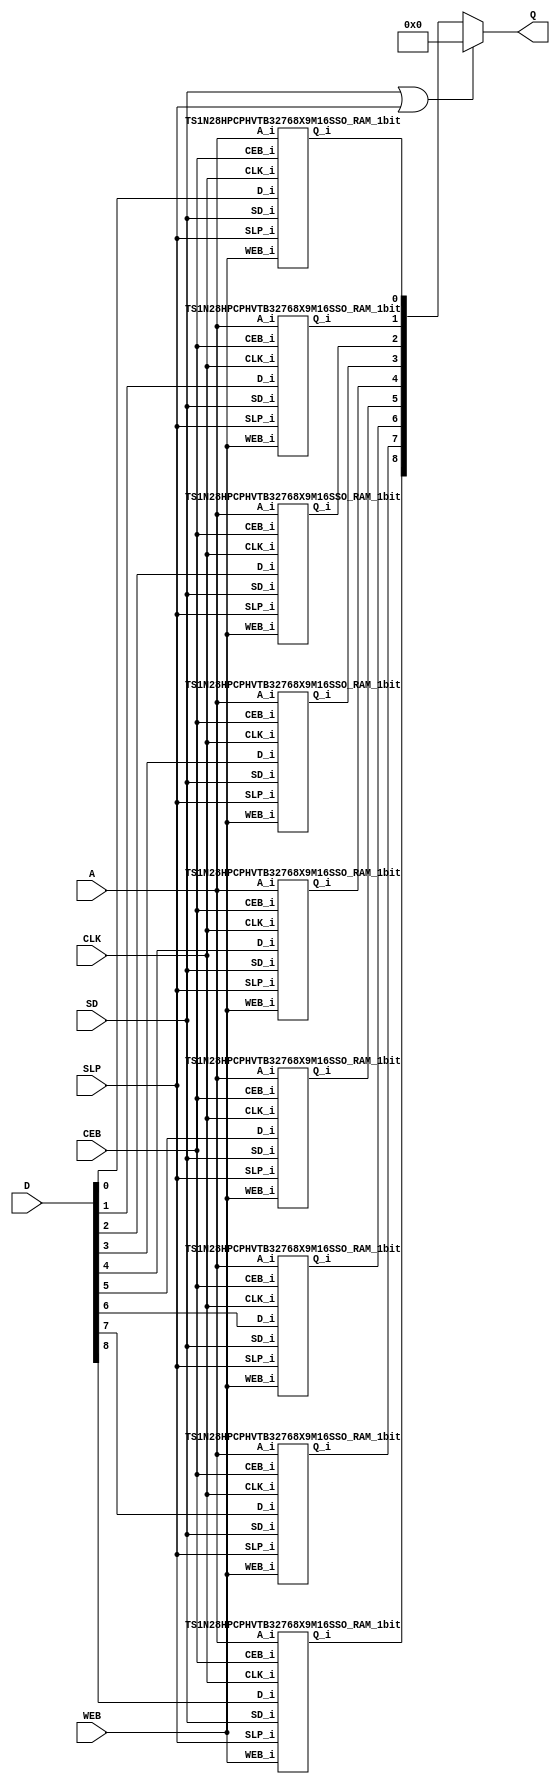
//#*********************************************************************************************************************/
//# Software       : TSMC MEMORY COMPILER tsn28hpcpd127spsram_2012.02.00.d.180a						*/
//# Technology     : TSMC 28nm CMOS LOGIC High Performance Compact Mobile Computing Plus 1P10M HKMG CU_ELK 0.9V				*/
//#  Memory Type    : TSMC 28nm High Performance Compact Mobile Computing Plus Single Port SRAM with d127 bit cell HVT periphery */
//# Library Name   : ts1n28hpcphvtb32768x9m16sso (user specify : TS1N28HPCPHVTB32768X9M16SSO)				*/
//# Library Version: 180a												*/
//# Generated Time : 2024/05/10, 14:04:29										*/
//#*********************************************************************************************************************/
//#															*/
//# STATEMENT OF USE													*/
//#															*/
//# This information contains confidential and proprietary information of TSMC.					*/
//# No part of this information may be reproduced, transmitted, transcribed,						*/
//# stored in a retrieval system, or translated into any human or computer						*/
//# language, in any form or by any means, electronic, mechanical, magnetic,						*/
//# optical, chemical, manual, or otherwise, without the prior written permission					*/
//# of TSMC. This information was prepared for informational purpose and is for					*/
//# use by TSMC's customers only. TSMC reserves the right to make changes in the					*/
//# information at any time and without notice.									*/
//#															*/
//#*********************************************************************************************************************/
//* Template Version : S_05_53301                                               */
//****************************************************************************** */
`resetall
`celldefine

`timescale 1ns/1ps

module TS1N28HPCPHVTB32768X9M16SSO (
            CLK, CEB, WEB,
            SLP,
            SD,
            A, D, 
            Q);

parameter numWord = 32768;
parameter numBit = 9;
parameter numWordAddr = 15;

//=== IO Ports ===//
// Normal Mode Input
input CLK;
input CEB;
input WEB;
input SLP;
input SD;

input [numWordAddr-1:0] A;
input [numBit-1:0] D;

// BIST Mode Input

// Test Mode

// Data Output
output [numBit-1:0] Q;


//=== Data Structure ===//
wire [numBit-1:0] Q_bistx;
wire [numBit-1:0] Q_ram;
wire [numBit-1:0] Q_tmp;

wire [numWordAddr-1:0] iA = A;
wire iCEB = CEB;
wire iWEB = WEB;
wire [numBit-1:0] iD = D;

//=== Operation ===//
TS1N28HPCPHVTB32768X9M16SSO_RAM_1bit sram_IO0 (
	SD,
	SLP,
	CLK,
	iCEB,
	iWEB,
	iA,
	iD[0],
	Q_ram[0]);
TS1N28HPCPHVTB32768X9M16SSO_RAM_1bit sram_IO1 (
	SD,
	SLP,
	CLK,
	iCEB,
	iWEB,
	iA,
	iD[1],
	Q_ram[1]);
TS1N28HPCPHVTB32768X9M16SSO_RAM_1bit sram_IO2 (
	SD,
	SLP,
	CLK,
	iCEB,
	iWEB,
	iA,
	iD[2],
	Q_ram[2]);
TS1N28HPCPHVTB32768X9M16SSO_RAM_1bit sram_IO3 (
	SD,
	SLP,
	CLK,
	iCEB,
	iWEB,
	iA,
	iD[3],
	Q_ram[3]);
TS1N28HPCPHVTB32768X9M16SSO_RAM_1bit sram_IO4 (
	SD,
	SLP,
	CLK,
	iCEB,
	iWEB,
	iA,
	iD[4],
	Q_ram[4]);
TS1N28HPCPHVTB32768X9M16SSO_RAM_1bit sram_IO5 (
	SD,
	SLP,
	CLK,
	iCEB,
	iWEB,
	iA,
	iD[5],
	Q_ram[5]);
TS1N28HPCPHVTB32768X9M16SSO_RAM_1bit sram_IO6 (
	SD,
	SLP,
	CLK,
	iCEB,
	iWEB,
	iA,
	iD[6],
	Q_ram[6]);
TS1N28HPCPHVTB32768X9M16SSO_RAM_1bit sram_IO7 (
	SD,
	SLP,
	CLK,
	iCEB,
	iWEB,
	iA,
	iD[7],
	Q_ram[7]);
TS1N28HPCPHVTB32768X9M16SSO_RAM_1bit sram_IO8 (
	SD,
	SLP,
	CLK,
	iCEB,
	iWEB,
	iA,
	iD[8],
	Q_ram[8]);

wire power_down = SD | SLP ;


//  Q bypass
assign Q_tmp = Q_ram;
assign Q_bistx = Q_tmp;
//  Output Q
assign Q = power_down ? {numBit{1'b0}} : Q_bistx;

endmodule



// 1 bit SRAM 
module TS1N28HPCPHVTB32768X9M16SSO_RAM_1bit (
	SD_i,
	SLP_i,
	CLK_i,
	CEB_i,
	WEB_i,
	A_i,
	D_i,
	Q_i);

parameter numWord = 32768;
parameter numWordAddr = 15;

input SD_i;
input SLP_i;
input CLK_i;
input CEB_i;
input WEB_i;
input [numWordAddr-1:0] A_i;
input D_i;

output Q_i;

reg Q_i;
reg MEMORY [numWord-1:0];

// Write Mode
and u_w_0 (	WB,
		!SD_i,
		!SLP_i,
		!WEB_i,
		!CEB_i) ;


always @ (posedge CLK_i)
  if (WB) begin
    MEMORY[A_i] = D_i;
  end

// READ Mode
and u_r_0 (	RB,
		!SD_i,
		!SLP_i,
		WEB_i,
		!CEB_i) ;

always @ (posedge CLK_i)
  if (RB) begin
     Q_i = MEMORY[A_i];
  end

endmodule
`endcelldefine